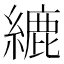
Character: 䌒